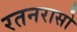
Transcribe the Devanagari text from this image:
रतनरासो